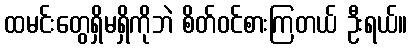
ထမင်းတွေရှိမရှိကိုဘဲ စိတ်ဝင်စားကြတယ် ဦးရယ်။